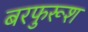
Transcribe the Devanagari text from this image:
बरफुरूश